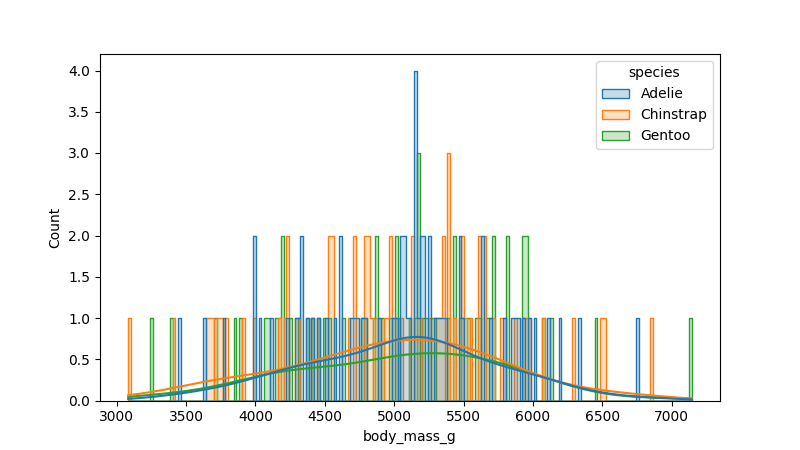
python, seaborn, histplot, hue='species', binwidth=20, bins='20', element='step'